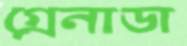
গ্রেনাডা